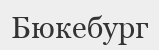
Бюкебург